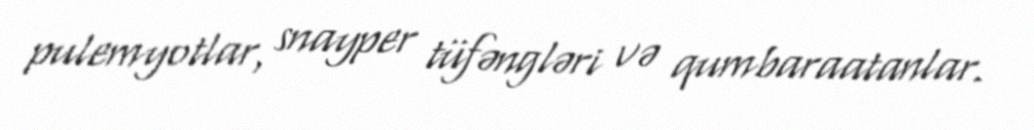
pulemyotlar, snayper tüfəngləri və qumbaraatanlar.